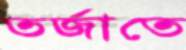
তর্জাতে